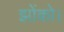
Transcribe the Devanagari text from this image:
झोंको।